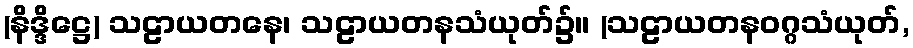
(နိဒ္ဒိဋ္ဌေ) သဠာယတနေ၊ သဠာယတနသံယုတ်၌။ (သဠာယတနဝဂ္ဂသံယုတ်,